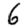
Digit: 6